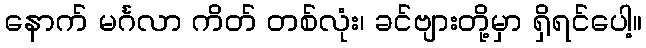
နောက် မင်္ဂလာ ကိတ် တစ်လုံး၊ ခင်ဗျားတို့မှာ ရှိရင်ပေါ့။